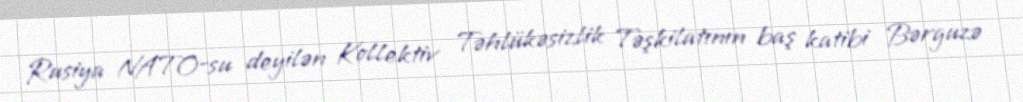
Rusiya NATO-su deyilən Kollektiv Təhlükəsizlik Təşkilatının baş katibi Bərguzə